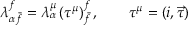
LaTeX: \lambda _ { \alpha \bar { f } } ^ { f } = \lambda _ { \alpha } ^ { \mu } \, ( \tau ^ { \mu } ) _ { \bar { f } } ^ { f } \, , \qquad \tau ^ { \mu } = ( i , \vec { \tau } )